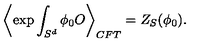
\left\langle \exp \int _ { S ^ { d } } \phi _ { 0 } O \right\rangle _ { C F T } = Z _ { S } ( \phi _ { 0 } ) .